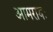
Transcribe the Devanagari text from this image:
आमरायः